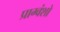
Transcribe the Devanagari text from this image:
प्राग्वंशो